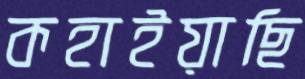
কহাইয়াছি